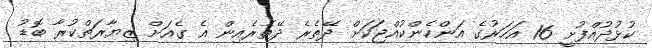
ކުޅުދުއްފުށީ 16 އަހަރުގެ އަންހެންކުއްޖަކަށް ދޭތެރެ ދޭތެރެއިން އެ ގެއަށް ޒިޔާރަތްކުރާ ބޮޑު